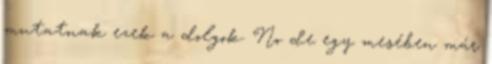
mutatnak ezek a dolgok. No de egy mesében már